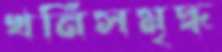
খনিসমৃদ্ধ